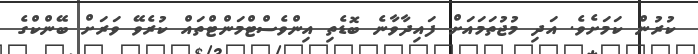
ކުރުން ކަމަށެވެ. އަދި މުޖުތަމައަށް ފައިދާވާނެ ބޮޑެތި އިންވެސްޓްމަންޓްތައް ކުރެވޭ ވަރަށް ބޭންކްގެ